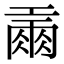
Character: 𢀪